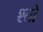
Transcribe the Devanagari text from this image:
श्तो